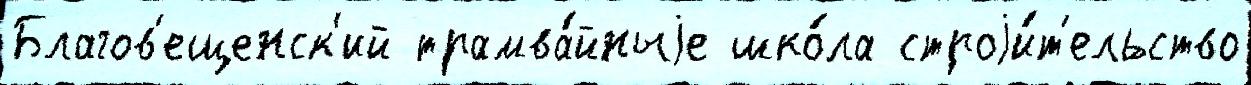
Благов'ещенск'ий трамва́йныjе шко́ла строjи́т'ельство